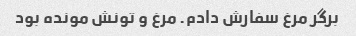
برگر مرغ سفارش دادم. مرغ و تونش مونده بود